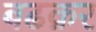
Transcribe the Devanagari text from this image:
बढक़र